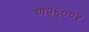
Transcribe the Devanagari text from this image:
ण१६००२